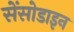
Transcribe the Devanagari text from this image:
सेंसोडाइन